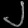
Digit: ၂